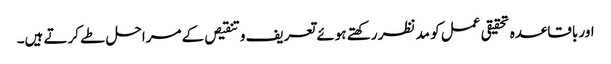
اور باقاعدہ تحقیقی عمل کو مد نظر رکھتے ہوئے تعریف و تنقیص کے مراحل طے کرتے ہیں۔